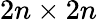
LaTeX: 2n\times 2n